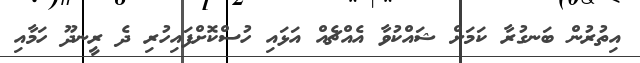
އިތުރުން ބަނގުރާ ކަމަށް ޝައްކުވާ އެއްޗެއް އަޅައި ހުސްކޮށްފައިހުރި ދެ ރީނދޫ ހަމާއި